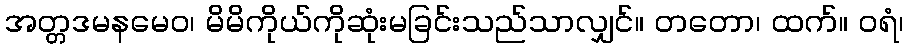
အတ္တဒမနမေဝ၊ မိမိကိုယ်ကိုဆုံးမခြင်းသည်သာလျှင်။ တတော၊ ထက်။ ဝရံ၊